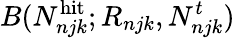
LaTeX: B(N_{njk}^{\mathrm{hit}};R_{njk},N_{njk}^{t})